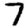
Digit: 7